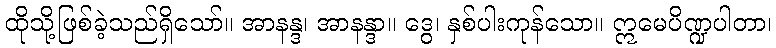
ထိုသို့ဖြစ်ခဲ့သည်ရှိသော်။ အာနန္ဒ၊ အာနန္ဒာ။ ဒွေ၊ နှစ်ပါးကုန်သော။ ဣမေပိဏ္ဍပါတာ၊